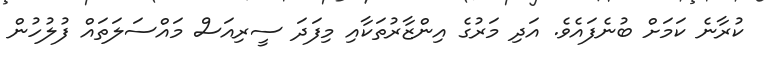
ކުރާނެ ކަމަށް ބުނެފައެވެ. އަދި މަރުގެ އިންޒާރުތަކާއި މިފަދަ ސީރިއަސް މައްސަލަތައް ފުލުހުން